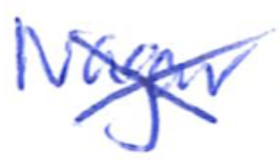
Text: Nagar
Cross-out: cross
Writing tool: ballpoint